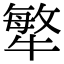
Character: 𤛎